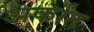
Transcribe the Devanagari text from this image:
अर्कांत